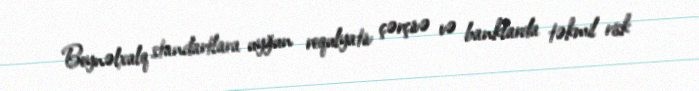
Beynəlxalq standartlara uyğun requlyativ çərçivə və banklarda təkmil risk